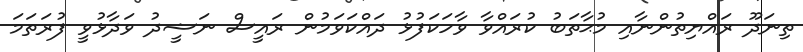
ތިނަދޫ ރައްޔިތުންނާއި މުޙާތަބު ކުރައްވާ ވާހަކަފުޅު ދައްކަވަމުން ރައީސް ނަޝީދު ވަދާޅުވީ ފުރަތަމަ